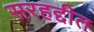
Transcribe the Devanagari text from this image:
सरहद्दीत